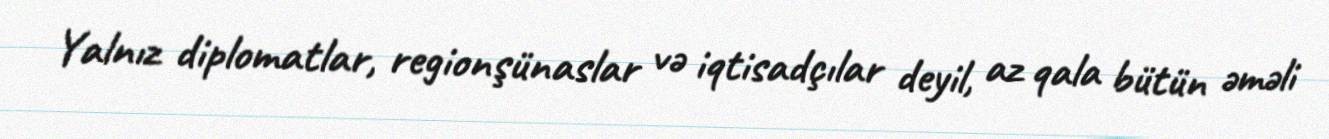
Yalnız diplomatlar, regionşünaslar və iqtisadçılar deyil, az qala bütün əməli